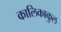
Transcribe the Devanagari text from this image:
कालिकाकुल